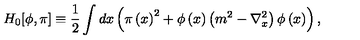
H _ { 0 } [ \phi , \pi ] \equiv \frac { 1 } { 2 } \int d x \left( \pi \left( x \right) ^ { 2 } + \phi \left( x \right) \left( m ^ { 2 } - \nabla _ { x } ^ { 2 } \right) \phi \left( x \right) \right) ,